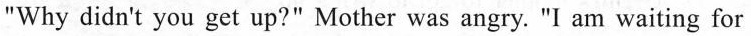
"Why didn't you get up?" Mother was angry. "I am waiting for